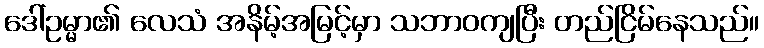
ဒေါ်ဥမ္မာ၏ လေသံ အနိမ့်အမြင့်မှာ သဘာဝကျပြီး တည်ငြိမ်နေသည်။